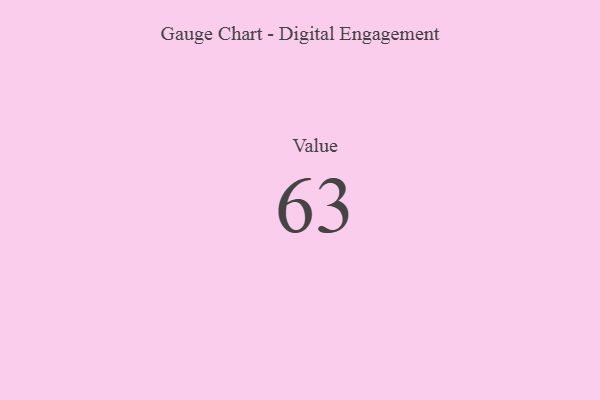
{"axis": {"x": "Metric", "y": "Value"}, "legend": [""], "data": [{"x": "Value", "y": 63, "type": ""}]}